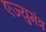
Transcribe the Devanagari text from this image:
एज्युमंत्र